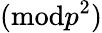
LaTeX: ({\textrm{mod}}p^{2})